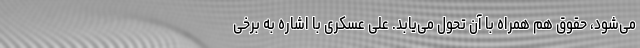
می‌شود، حقوق هم همراه با آن تحول می‌یابد. علی عسکری با اشاره به برخی